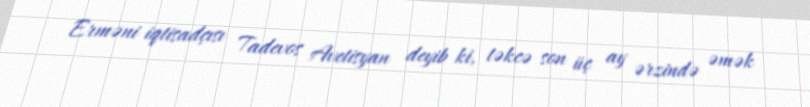
Erməni iqtisadçısı Tadevos Avetisyan deyib ki, təkcə son üç ay ərzində əmək